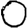
Digit: 0